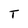
Character: T